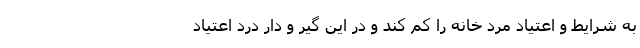
به شرایط و اعتیاد مرد خانه را کم کند و در این گیر و دار درد اعتیاد